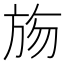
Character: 𣃦